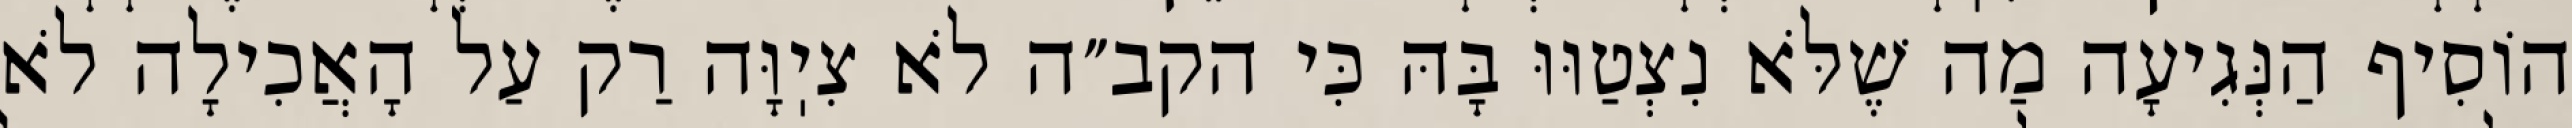
הוֹסִיף הַנְּגִיעָה מַה שֶׁלֹּא נִצְטַוּוּ בָּהּ כִּי הקב״ה לֹא צִיֽוָּה רַק עַל הָאֲכִילָה לֹא